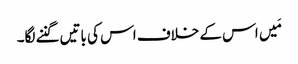
مَیں اس کے خلاف اس کی باتیں گننے لگا۔